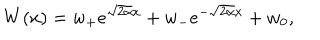
LaTeX: W ( x ) = w _ { + } e ^ { \sqrt { 2 \alpha } x } + w _ { - } e ^ { - \sqrt { 2 \alpha } x } + w _ { 0 } ,